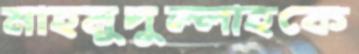
মাহমুদুল্লাহকে